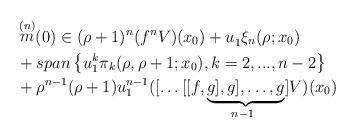
LaTeX: \begin{align*} &\mathop{m}\limits^{(n)} (0)\in (\rho+1)^{n} (f^{n} V)(x_{0} )+u_{1}^{} \xi _{n} (\rho;x_{0} ) \\&+span\left\{u_{1}^{k} \pi _{k} (\rho,\rho+1;x_{0} ),k=2,...,n-2\right\} \\ &+\rho^{n-1} (\rho+1)u_{1}^{n-1} ([\ldots [[f,\underbrace{g],g],\ldots ,g}_{n-1\, \, {\kern 1pt} {\kern 1pt} }]V)(x_{0} ) \end{align*}